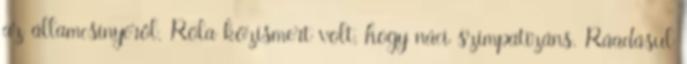
az államcsínyéről. Róla közismert volt, hogy náci szimpatizáns. Ráadásul